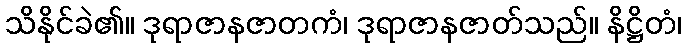
သိနိုင်ခဲ၏။ ဒုရာဇာနဇာတကံ၊ ဒုရာဇာနဇာတ်သည်။ နိဋ္ဌိတံ၊